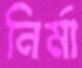
নির্মা